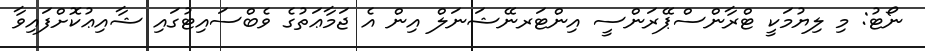
ނޯޓު: މި ލިޔުމަކީ ޓްރާންސްޕޭރަންސީ އިންޓަރނޭޝަނަލް އިން އެ ޖަމާޢަތުގެ ވެބްސައިޓުގައި ޝާއިޢުކޮށްފައިވާ